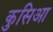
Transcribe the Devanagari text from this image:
कुसिआ